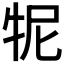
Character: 𤙌